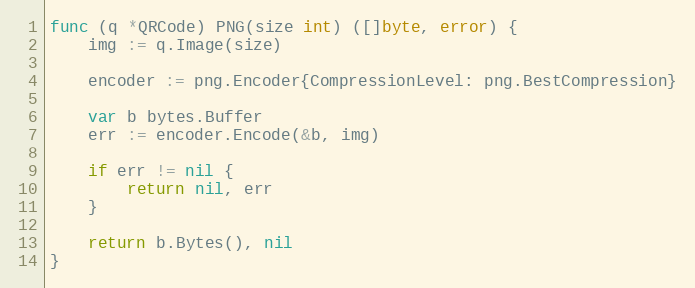
Language: Go
func (q *QRCode) PNG(size int) ([]byte, error) {
	img := q.Image(size)

	encoder := png.Encoder{CompressionLevel: png.BestCompression}

	var b bytes.Buffer
	err := encoder.Encode(&b, img)

	if err != nil {
		return nil, err
	}

	return b.Bytes(), nil
}